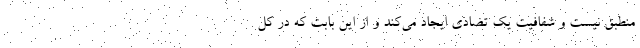
منطبق نیست و شفافیت یک تضادی ایجاد می‌کند و از این بابت که در کل